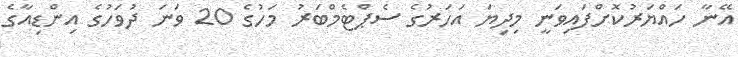
އޭނާ ހައްޔަރުކޮށްފައިވަނީ މިދިޔަ އަހަރުގެ ސެޕްޓެމްބަރު މަހުގެ 20 ވަނަ ދުވަހުގެ އިންޑިއާގެ